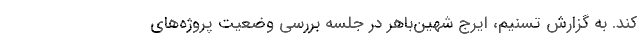
کند. به گزارش تسنیم، ایرج شهین‌باهر در جلسه بررسی وضعیت پروژه‌های